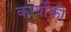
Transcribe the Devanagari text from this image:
कार्योंकी